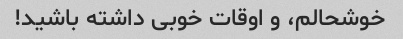
خوشحالم، و اوقات خوبی داشته باشید!